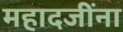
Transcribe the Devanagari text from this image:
महादजींना